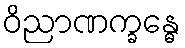
ဝိညာဏက္ခန္ဓေ